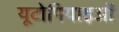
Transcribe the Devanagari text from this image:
यूटोपियाइओं